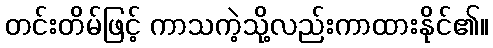
တင်းတိမ်ဖြင့် ကာသကဲ့သို့လည်းကာထားနိုင်၏။